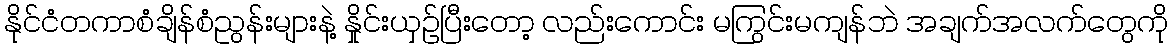
နိုင်ငံတကာစံချိန်စံညွန်းများနဲ့ နှိုင်းယှဉ်ပြီးတော့ လည်းကောင်း မကြွင်းမကျန်ဘဲ အချက်အလက်တွေကို